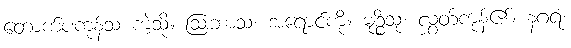
တောက်ပကုန်သ ကဲ့သို့။ ဩဘာသံ၊ အရောင်ကို။ မုဉ္စိံသု၊ လွှတ်ကုန်၏။ နဂရံ၊